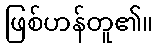
ဖြစ်ဟန်တူ၏။